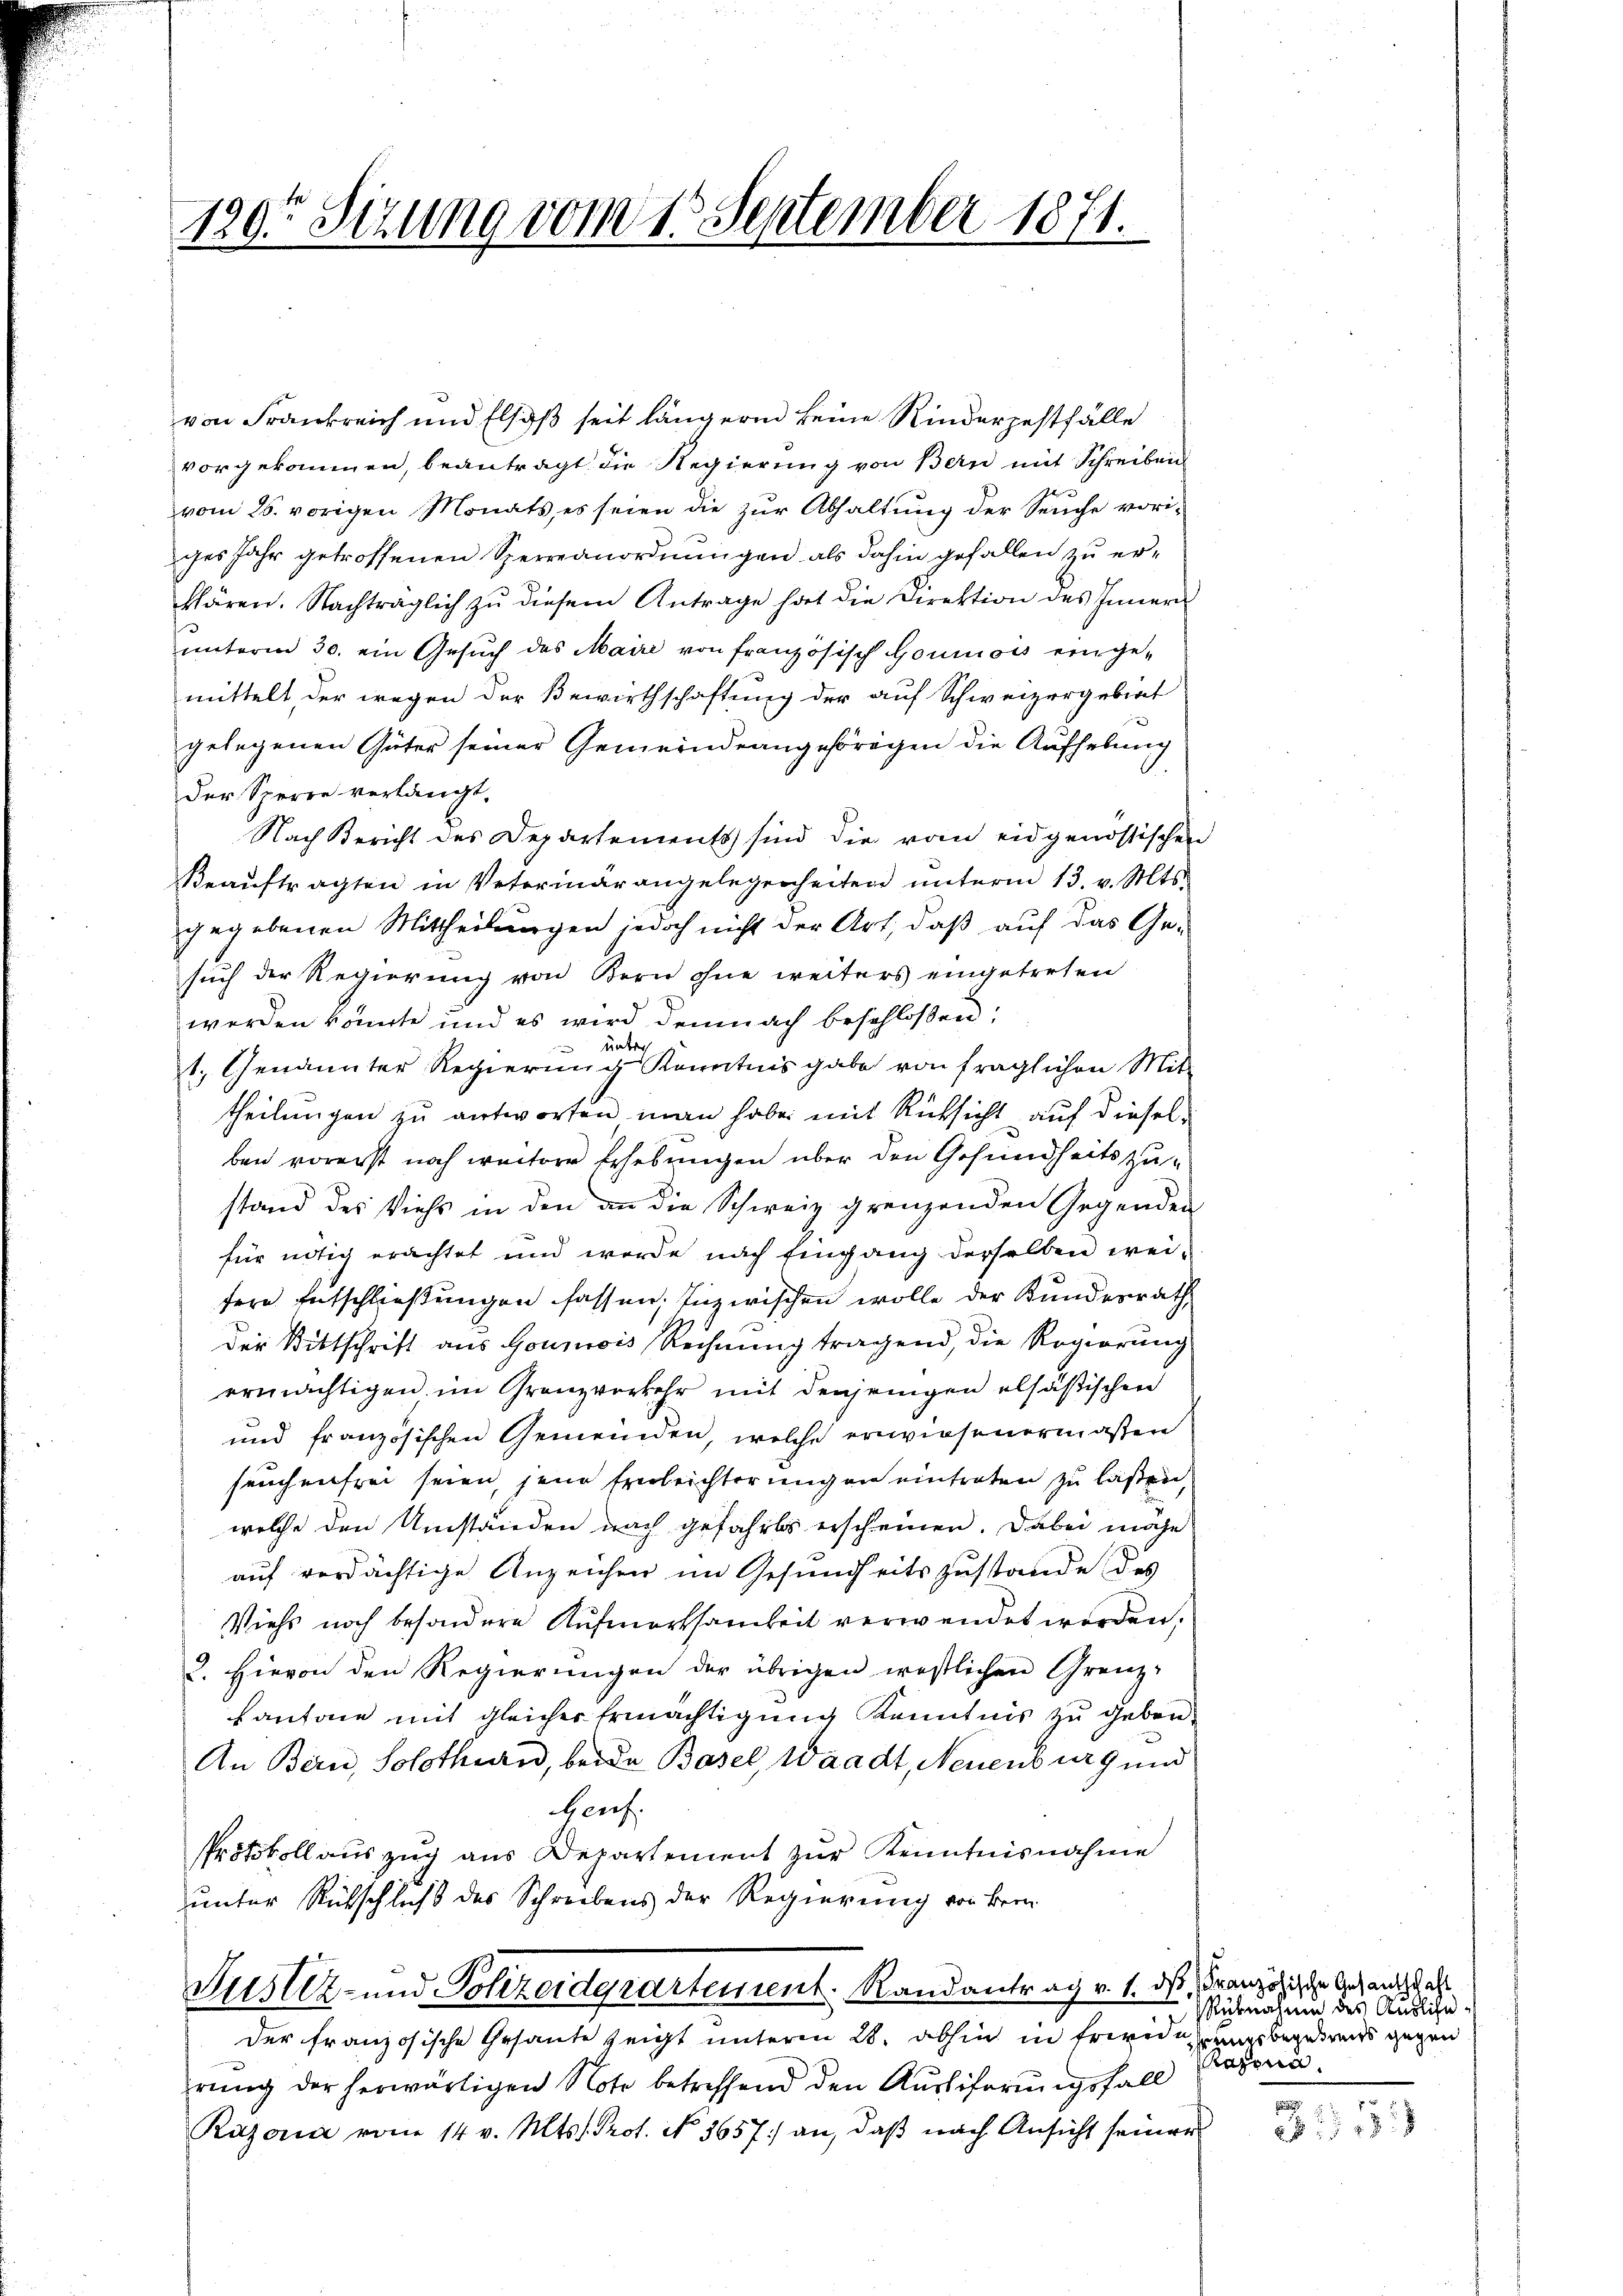
120t Setzung vom 15. September 1871.

von Frankreich und Elsaß seit längern keine Kinderzestfälle
vorgekommen, beantragt die Regierung von Bern mit Schreiben
vom 26. vorigen Monats, es seien die zur Abhaltung der Seuche voriges Jahr getroffenen Sperreanordnungen als dahin gefallen zu erklären. Nachträglich zŭ diesem Antrage hat die Direktion des Inner
unterm 30. ein Gesuch des Maire von französisch Goumois einge-
mittelt, der wegen der Bewirthschaftung der auf Schweizergebrat
gelegenen Güter seiner Gemeindeangehörigen die Aufhebung
der Sperre verlangt,
Nach Bericht des Departements sind die vom eidgenössischen
Beauftragten in Veterinärangelegenheiten unterm 13. v. Mts.
gegebenen Mittheilungen jedoch nicht der Art, daß auf das Ge-
such der Regierung von Bern ohne weiters eingetreten
werden könnte und es wird demnach beschlossen:
unter
e
1. Genannter Regierung Kenntnis gabe von fraglichen Mit-
theilungen zu antworten man habe mit Rücksicht auf dieselben vorerst noch weitere Erhebungen über den Gesundheitszustand des Viehs in den an die Schweiz grenzenden Gegenden
für nötig erachtet und werde nach Eingang derselben wei-
fere Entschließungen fassen. Inzwischen wolle der Bundesrath,
Der Bittschrift aus Goumois Rechnung tragend, die Regierung
ermächtigen im Granzverkehr mit denjenigen elsäßischen
und französischen Gemeinden, welche erwiesenermaßen
seuchenfrei seien, jene Erleichterung an eintreten zu laßen,
welche den Umständen nach gefahrts erscheinen. Dabei mähe
auf verdächtige Anzeichen im Gesundheitszustande des
Viehs noch besondere Aufmerksamkeit verwendet werden.
2. Hievon den Regierungen der übrigen westlichen Grenz-
kantone mit gleicher Ermächtigung Kenntnis zu geben.
An Bern, Solothurn, beide Basel, Waadt, Neuenburg und
Herf
Protokoll auszug aus Departement zŭr Kenntnisnahme
unter Rütschlich des Schreibens der Regierung von Bern
Justiz- und Polizeiderartement. Randantrag v. 1. das Französische Gesandtschaft
der französische Gesante zeigt unterm 28. abhin in Erwiderungsbegebends gegen
rung der herwärtigen Note betreffend den Ausliferungsfall
Razona vom 14. v. Mts. Prof. No. 3657) an, daß nach Ansicht seiner

Rübnahme des Auslicheazona.

B 181